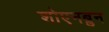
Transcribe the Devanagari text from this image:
शोएनब्रुन